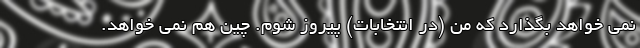
نمی خواهد بگذارد که من (در انتخابات) پیروز شوم. چین هم نمی خواهد.